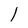
Character: 1